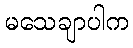
မသေချာပါက